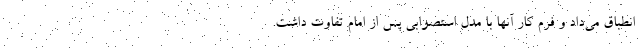
انطباق می‌داد و فرم کار آنها با مدل استصوابی پس از امام تفاوت داشت.